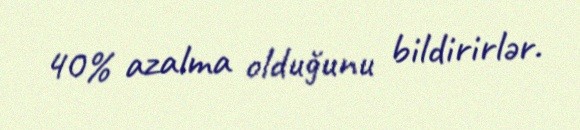
40% azalma olduğunu bildirirlər.